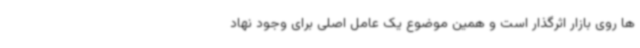
ها روی بازار اثرگذار است و همین موضوع یک عامل اصلی برای وجود نهاد